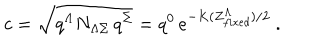
c = { \sqrt { q ^ { \Lambda } N _ { \Lambda \Sigma } \, q ^ { \Sigma } } } = q ^ { 0 } \, e ^ { - K ( Z _ { f i x e d } ^ { \Lambda } ) / 2 } \ .